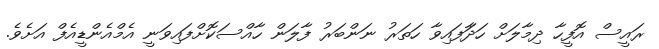
ރައީސް އޮފީހާ ދިމާލަށް ހަދާަފައިވާ ހަތަރު ނަންބަރު ފާލަން ހާއްސަކޮށްފައިވަނީ އެމްއެންޑީއެފް އަށެވެ.